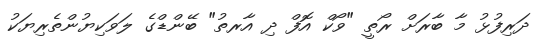
ދަރިފުޅު މާ ބާރަށް ރޯތީ "ވޯކް އޮފް ދި އާރތު" ބޭންޑްގެ ލަވަކިޔުންތެރިޔަކު